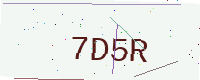
Text: 7D5R